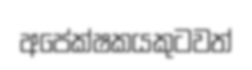
අපේක්ෂකයකුටවත්